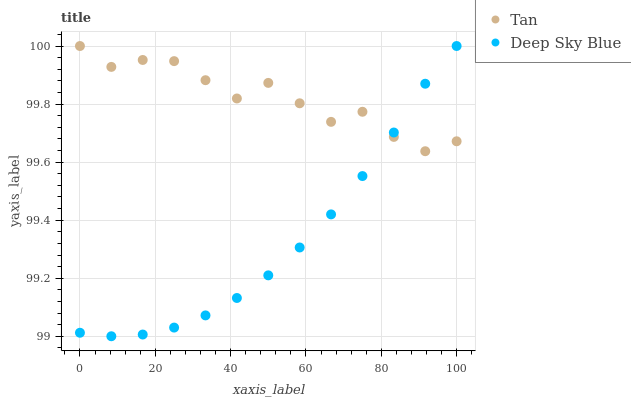
| xaxis_label | Tan | Deep Sky Blue |
 | --- | --- | --- |
 | 0 | 100 | 99 |
 | 8.33 | 99.9 | 99 |
 | 16.7 | 100 | 99 |
 | 25 | 99.9 | 99 |
 | 33.3 | 99.9 | 99.1 |
 | 41.7 | 99.8 | 99.1 |
 | 50 | 99.9 | 99.2 |
 | 58.3 | 99.8 | 99.3 |
 | 66.7 | 99.7 | 99.4 |
 | 75 | 99.8 | 99.6 |
 | 83.3 | 99.7 | 99.7 |
 | 91.7 | 99.6 | 99.9 |
 | 100 | 99.7 | 100 |